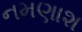
નમણાશ